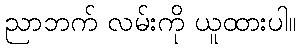
ညာဘက် လမ်းကို ယူထားပါ။